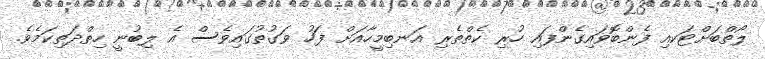
ލޯތްބަށްޓަކއި ފެންބޮވައިގެންފައި ހުރި ކެތްތެރި އަނބިމީހާއަށް ފަހު ވަގުތުގައިވެސް އެ ލިބުނީ ހިތްދަތިކަމެވެ.